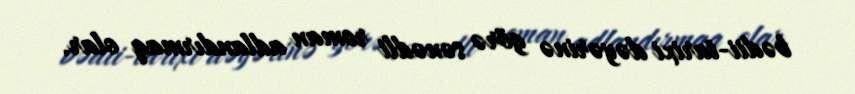
bədii-tarixi dəyərinə görə sənədli roman adlandırmaq olar.